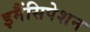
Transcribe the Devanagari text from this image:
इमैंसिपेशन